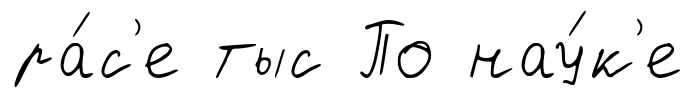
ра́с'е тыс По нау́к'е